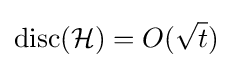
\operatorname {disc} ({\mathcal {H}})=O({\sqrt {t}})